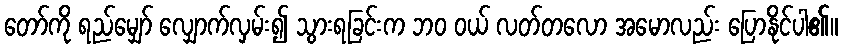
တော်ကို ရည်မျှော် လျှောက်လှမ်း၍ သွားရခြင်းက ဘဝ ဝယ် လတ်တလော အမောလည်း ပြောနိုင်ပါ၏။